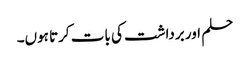
حلم اور برداشت کی بات کرتا ہوں۔